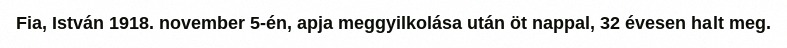
Fia, István 1918. november 5-én, apja meggyilkolása után öt nappal, 32 évesen halt meg.